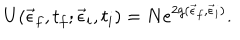
LaTeX: U ( \vec { \epsilon } _ { f } , t _ { f } ; \vec { \epsilon } _ { i } , t _ { i } ) = N e ^ { 2 g ( \vec { \epsilon } _ { f } , \vec { \epsilon } _ { i } ) } .